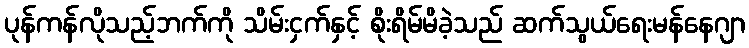
ပုန်ကန်လိုသည့်ဘက်ကို သိမ်းငှက်နှင့် စိုးရိမ်မိခဲ့သည် ဆက်သွယ်ရေးမန်နေဂျာ